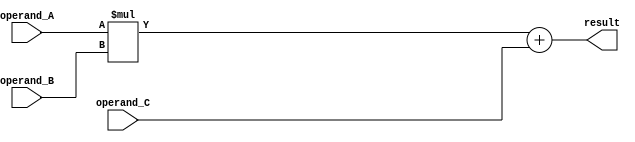
module fused_multiply_add (
    input wire [31:0] operand_A,
    input wire [31:0] operand_B,
    input wire [31:0] operand_C,
    output reg [31:0] result
);

reg [31:0] multiply_result;

always @ (*) begin
    multiply_result = operand_A * operand_B;
    result = multiply_result + operand_C;
end

endmodule